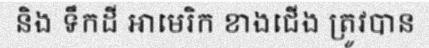
និង ទឹកដី អាមេរិក ខាងជើង ត្រូវបាន